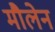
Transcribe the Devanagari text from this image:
मौलेन